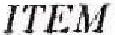
ITEM